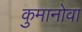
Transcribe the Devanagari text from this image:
कुमानोवा